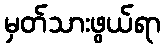
မှတ်သားဖွယ်ရာ